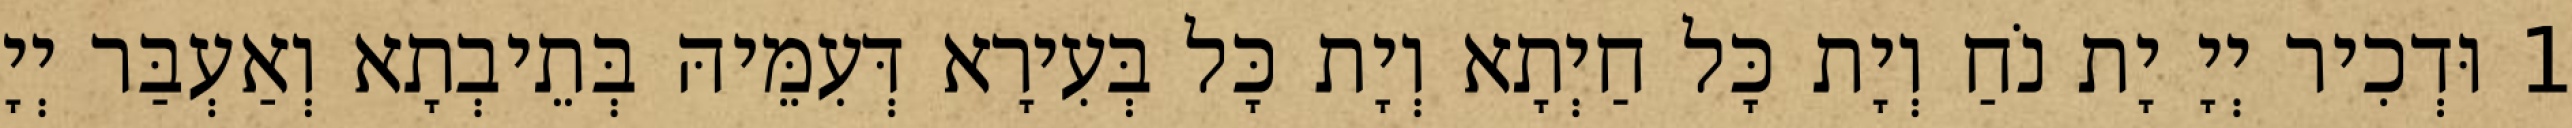
1 וּדְכִיר יְיָ יָת נֹחַ וְיָת כָּל חַיְתָא וְיָת כָּל בְּעִירָא דְּעִמֵּיהּ בְּתֵיבְתָא וְאַעְבַּר יְיָ